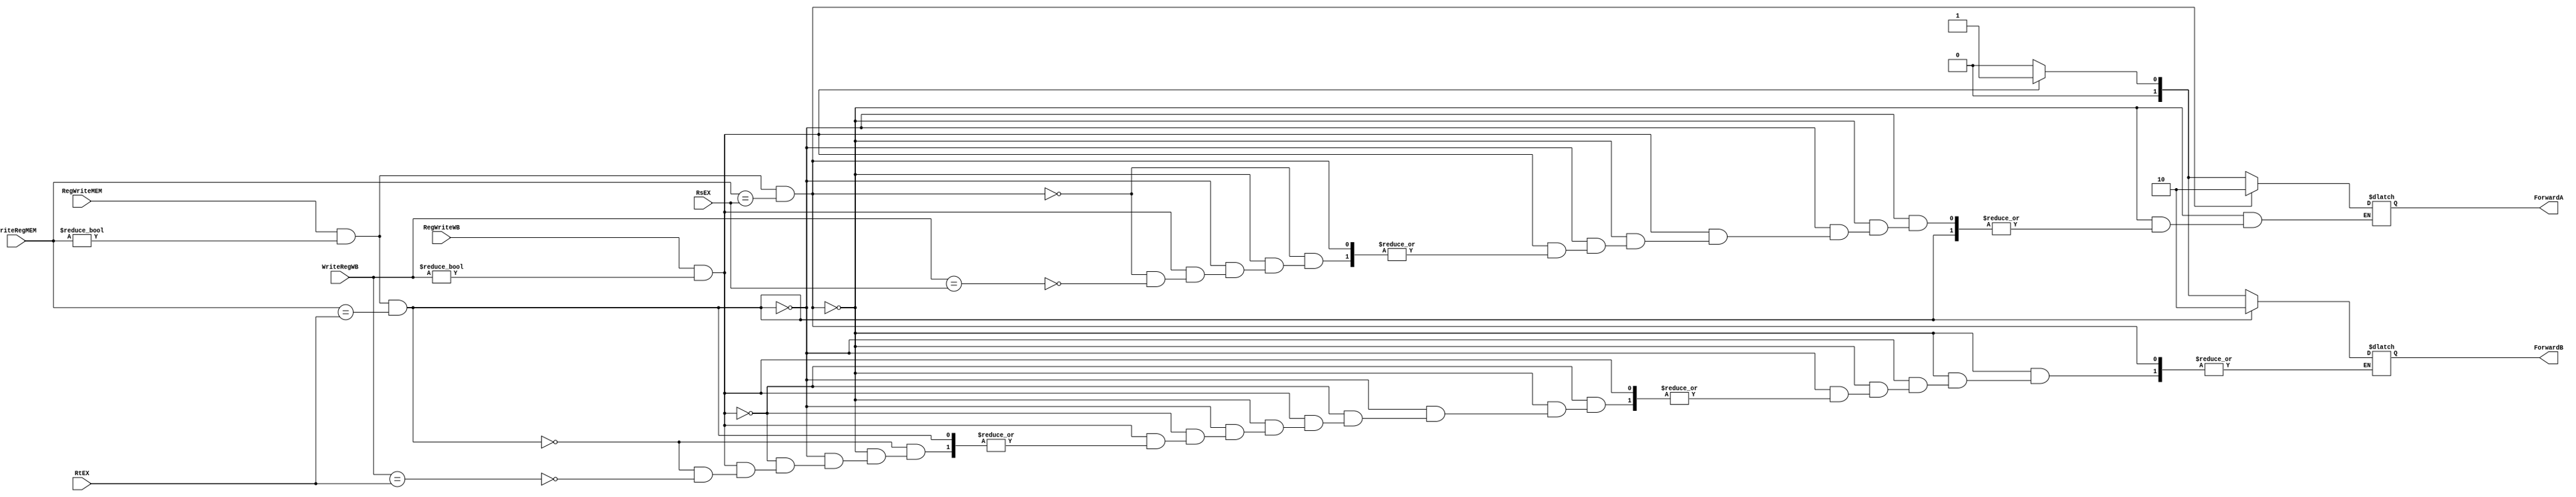
`timescale 1ns / 1ps
//////////////////////////////////////////////////////////////////////////////////
// Company: 
// 
// Design Name: 
// Module Name:     MIPS_FORWARDING
// Project Name: 

// Revision: 
// Revision 0.01 - File Created
// Additional Comments: 
//
//////////////////////////////////////FORWARDING UNIT//////////////////////////////////////////////
module MIPS_FORWARDING(
	input   RegWriteMEM,
	input   RegWriteWB,
	input	[4:0]WriteRegMEM,
	input	[4:0]WriteRegWB,
	input	[4:0]RsEX,
	input	[4:0]RtEX,
	output	reg [1:0] ForwardA,
	output	reg [1:0] ForwardB
);
	// FORWARDS DATA FROM MEM OR WB STAGE TO THE EX STAGE
	always @(RegWriteMEM, RegWriteWB, WriteRegMEM, WriteRegWB, RsEX, RtEX)
	begin
		if((RegWriteMEM == 1'b1) && (WriteRegMEM != 5'b0) && (WriteRegMEM == RsEX)) begin
			ForwardA = 2'b10;		//1A TPYE FORWARDING
		end 	

		else if((RegWriteMEM == 1'b1) && (WriteRegMEM != 5'b0) && (WriteRegMEM == RtEX)) begin
			ForwardB = 2'b10;		//1B TPYE FORWARDING
		end 

		else if ((RegWriteWB == 1'b1) && (WriteRegWB != 5'b0)) begin
			if(!((RegWriteMEM == 1'b1) && (WriteRegMEM != 5'b0) && (WriteRegMEM == RsEX))) begin
			 if(WriteRegWB == RsEX) begin
				ForwardA = 2'b01;		//2A TPYE FORWARDING
				end
			end
		end
		
		else if ((RegWriteWB == 1'b1) && (WriteRegWB != 5'b0)) begin
			if(!((RegWriteMEM == 1'b1) && (WriteRegMEM != 5'b0) && (WriteRegMEM == RtEX))) begin
			 if(WriteRegWB == RtEX) begin
				ForwardB = 2'b01;		//2B TPYE FORWARDING
				end
			end
		end
		else begin
			ForwardA = 2'b00;
			ForwardB = 2'b00;
		
		end



	end

endmodule